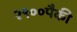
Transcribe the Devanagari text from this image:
२९००पैकी